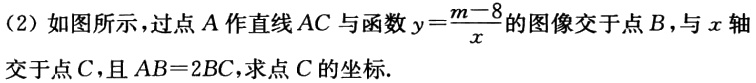
(2) 如图所示，过点\(A\)作直线\(AC\)与函数\(y = \frac{m - 8}{x}\)的图像交于点\(B\)，与\(x\)轴交于点\(C\)，且\(AB = 2BC\)，求点\(C\)的坐标.